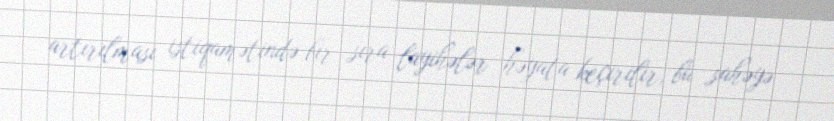
artırılması istiqamətində bir sıra layihələr həyata keçirilir, bu sahəyə